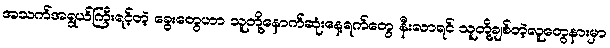
အသက်အရွယ်ကြီးရင့်တဲ့ ခွေးတွေဟာ သူတို့နောက်ဆုံးနေ့ရက်တွေ နီးလာရင် သူတို့ချစ်တဲ့လူတွေနားမှာ